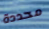
محددة